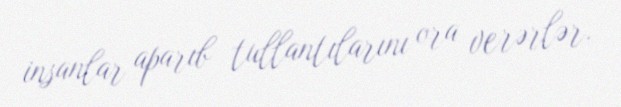
insanlar aparıb tullantılarını ora verərlər.